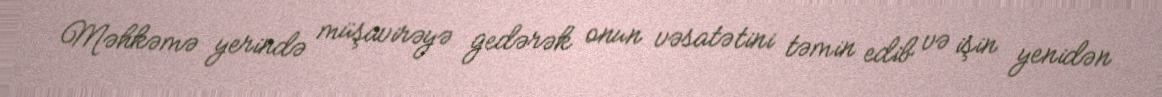
Məhkəmə yerində müşavirəyə gedərək onun vəsatətini təmin edib və işin yenidən